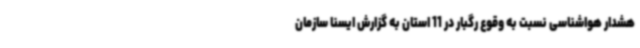
هشدار هواشناسی نسبت به وقوع رگبار در 11 استان به گزارش ایسنا سازمان